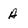
Character: A